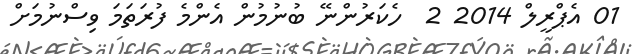
01 އެޕްރީލް 2014 2  ހެކަރުންނޭ ބުނުމުން އެންމެ ފުރަތަމަ ވިސްނުމަށް